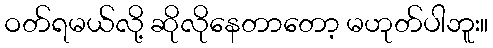
ဝတ်ရမယ်လို့ ဆိုလိုနေတာတော့ မဟုတ်ပါဘူး။